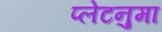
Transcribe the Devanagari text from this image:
प्‍लेटनुमा